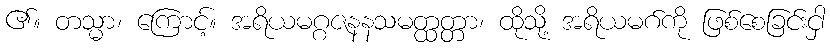
၏။ တသ္မာ၊ ကြောင့်။ အရိယမဂ္ဂဇနနသမတ္ထတ္တာ၊ ထိုသို့ အရိယမဂ်ကို ဖြစ်စေခြင်းငှါ